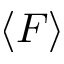
\langle F \rangle